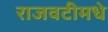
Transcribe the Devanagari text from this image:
राजवटीमधे